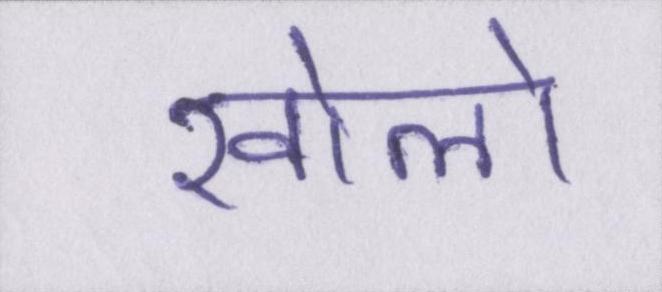
खोलो